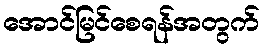
အောင်မြင်စေရန်အတွက်